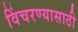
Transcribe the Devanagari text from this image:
विंचरण्यासाठी